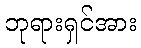
ဘုရားရှင်အား